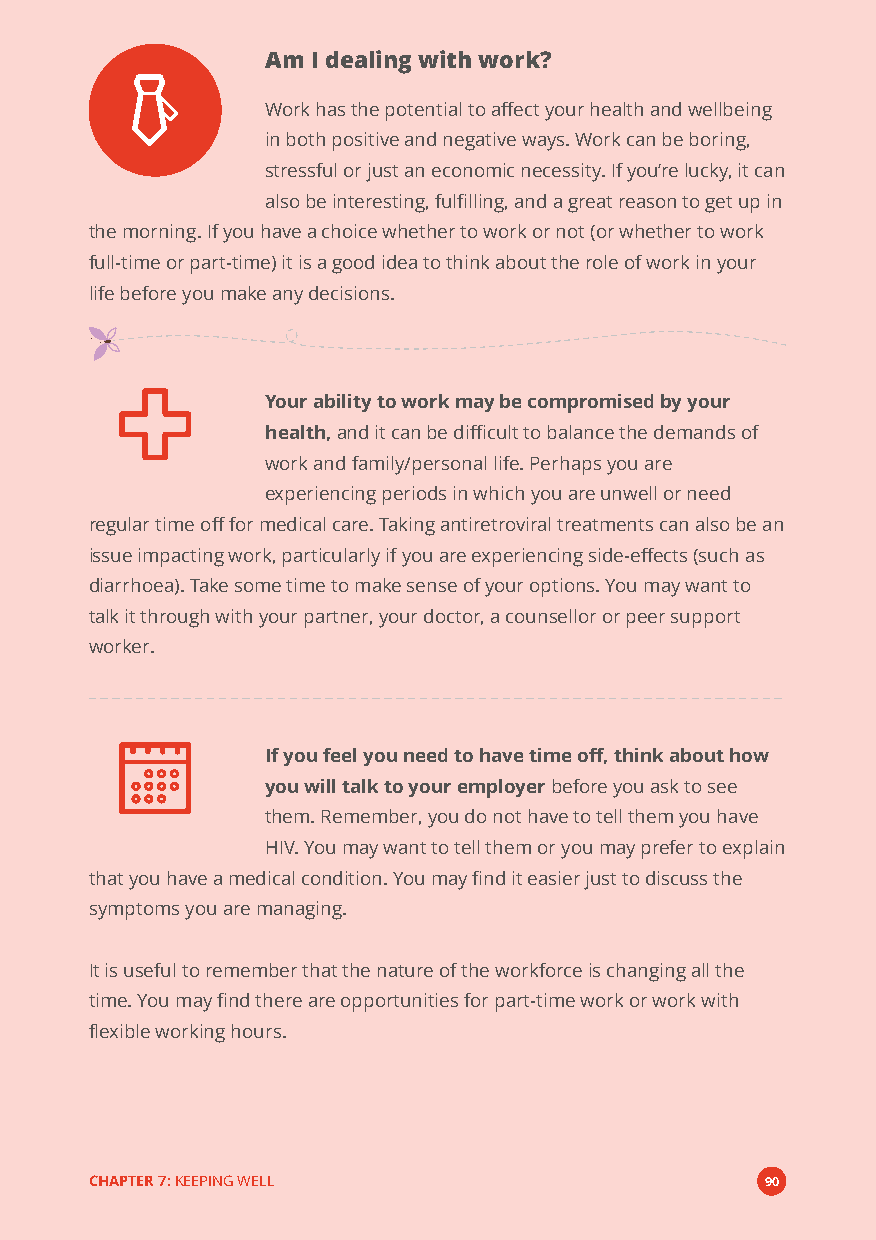
Am I dealing with work?
 Work has the potential to affect your health and wellbeing
 in both positive and negative ways. Work can be boring,
 stressful or just an economic necessity. If you’re lucky, it can
 also be interesting, fulfilling, and a great reason to get up in
 the morning. If you have a choice whether to work or not (or whether to work
 full-time or part-time) it is a good idea to think about the role of work in your
 life before you make any decisions.
 Your ability to work may be compromised by your
 health,and it can be difficult to balance the demands of
 work and family/personal life. Perhaps you are
 experiencing periods in which you are unwell or need
 regular time off for medical care. Taking antiretroviral treatments can also be an
 issue impacting work, particularly if you are experiencing side-effects (such as
 diarrhoea). Take some time to make sense of your options. You may want to
 talk it through with your partner, your doctor, a counsellor or peer support
 worker.
 If you feel you need to have time off, think about how
 you will talk to your employerbefore you ask to see
 them. Remember, you do not have to tell them you have
 HIV. You may want to tell them or you may prefer to explain
 that you have a medical condition. You may find it easier just to discuss the
 symptoms you are managing.
 It is useful to remember that the nature of the workforce is changing all the
 time. You may find there are opportunities for part-time work or work with
 flexible working hours.
 CHAPTER 7:KEEPING WELL                       90